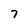
Character: 7